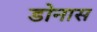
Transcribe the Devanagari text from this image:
डोनास